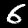
Label: 6